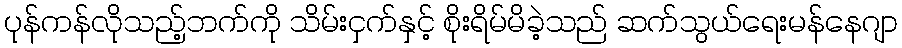
ပုန်ကန်လိုသည့်ဘက်ကို သိမ်းငှက်နှင့် စိုးရိမ်မိခဲ့သည် ဆက်သွယ်ရေးမန်နေဂျာ